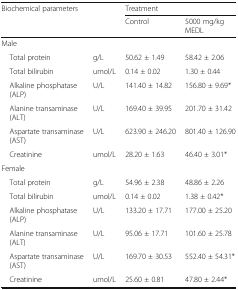
<table><thead><tr><td colspan="2" rowspan="2"><b>Biochemical parameters</b></td><td colspan="2"><b>Treatment</b></td></tr><tr><td><b>Control</b></td><td><b>5000 mg/kg MEDL</b></td></tr></thead><tbody><tr><td colspan="4">Male</td></tr><tr><td> Total protein</td><td>g/L</td><td>50.62 ± 1.49</td><td>58.42 ± 2.06</td></tr><tr><td> Total bilirubin</td><td>umol/L</td><td>0.14 ± 0.02</td><td>1.30 ± 0.44</td></tr><tr><td> Alkaline phosphatase (ALP)</td><td>U/L</td><td>141.40 ± 14.82</td><td>156.80 ± 9.69*</td></tr><tr><td> Alanine transaminase (ALT)</td><td>U/L</td><td>169.40 ± 39.95</td><td>201.70 ± 31.42</td></tr><tr><td> Aspartate transaminase (AST)</td><td>U/L</td><td>623.90 ± 246.20</td><td>801.40 ± 126.90</td></tr><tr><td> Creatinine</td><td>umol/L</td><td>28.20 ± 1.63</td><td>46.40 ± 3.01*</td></tr><tr><td colspan="4">Female</td></tr><tr><td> Total protein</td><td>g/L</td><td>54.96 ± 2.38</td><td>48.86 ± 2.26</td></tr><tr><td> Total bilirubin</td><td>umol/L</td><td>0.14 ± 0.02</td><td>1.38 ± 0.42*</td></tr><tr><td> Alkaline phosphatase (ALP)</td><td>U/L</td><td>133.20 ± 17.71</td><td>177.00 ± 25.20</td></tr><tr><td> Alanine transaminase (ALT)</td><td>U/L</td><td>95.06 ± 17.71</td><td>101.60 ± 25.78</td></tr><tr><td> Aspartate transaminase (AST)</td><td>U/L</td><td>169.70 ± 30.53</td><td>552.40 ± 54.31*</td></tr><tr><td> Creatinine</td><td>umol/L</td><td>25.60 ± 0.81</td><td>47.80 ± 2.44*</td></tr></tbody></table>